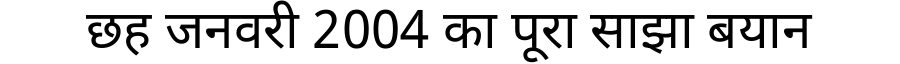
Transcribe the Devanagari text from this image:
छह जनवरी 2004 का पूरा साझा बयान